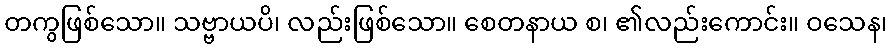
တကွဖြစ်သော။ သဗ္ဗာယပိ၊ လည်းဖြစ်သော။ စေတနာယ စ၊ ၏လည်းကောင်း။ ဝသေန၊